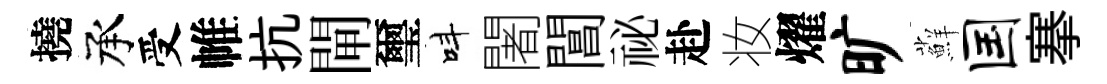
撓承受帷抗閘璽呌闍閶祕赴妆燿旷蘚国搴